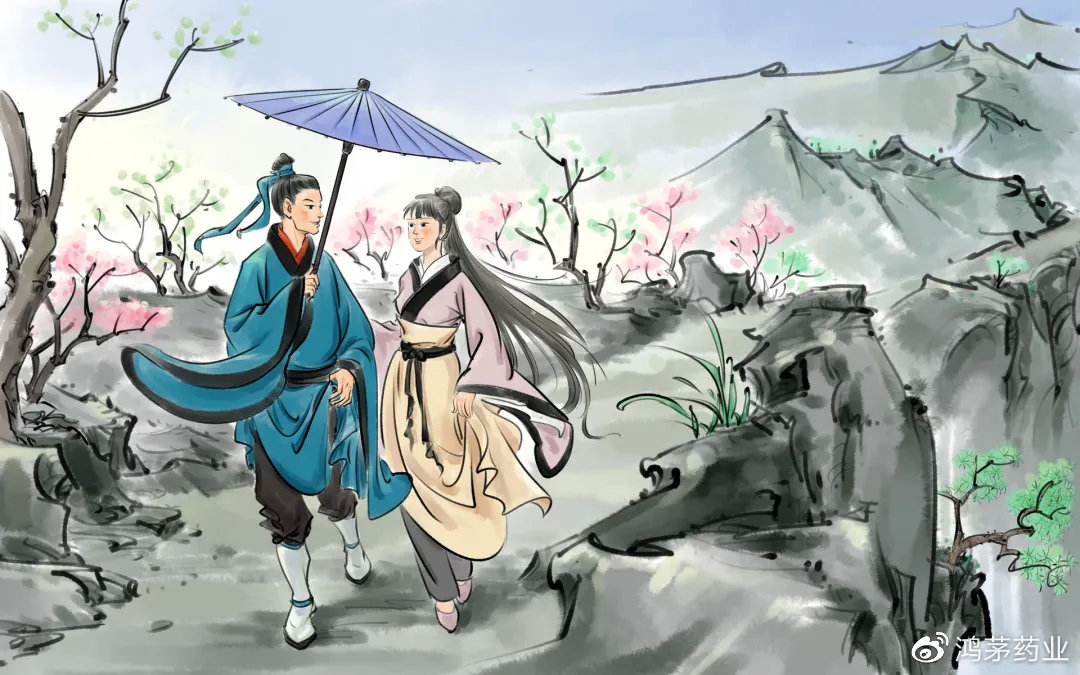
君在天一涯，妾身长别离。